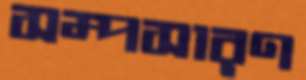
সম্পসারণ